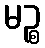
မဉ္စ